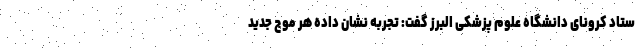
ستاد کرونای دانشگاه علوم پزشکی البرز گفت: تجربه نشان داده هر موج جدید